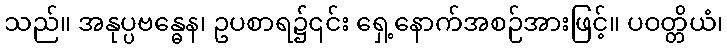
သည်။ အနုပ္ပဗန္ဓေန၊ ဥပစာရ၌၎င်း ရှေ့နောက်အစဉ်အားဖြင့်။ ပဝတ္တိယံ၊